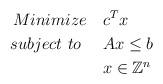
LaTeX: \begin{align*} Minimize\ \ \ &c^Tx \\ subject\ to\ \ \ \ &Ax \leq b \\ &x \in \mathbb{Z}^n \\\end{align*}